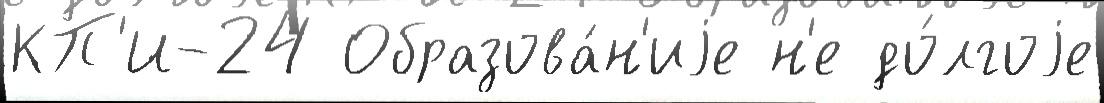
КП'И-24 Образова́н'иjе н'е до́лгоjе